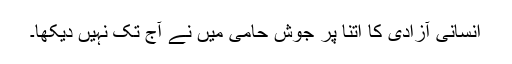
انسانی آزادی کا اتنا پر جوش حامی میں نے آج تک نہیں دیکھا۔